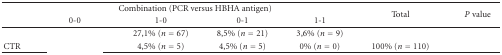
<table><thead><tr><td>[EMPTY_CELL]</td><td colspan="4"><b>Combination (PCR versus HBHA antigen)</b></td><td rowspan="2"><b>Total</b></td><td rowspan="2"><b><i>P</i> value</b></td></tr><tr><td>[EMPTY_CELL]</td><td><b>0-0</b></td><td><b>1-0</b></td><td><b>0-1</b></td><td><b>1-1</b></td></tr></thead><tbody><tr><td>[EMPTY_CELL]</td><td>[EMPTY_CELL]</td><td>27,1% (<i>n</i> = 67)</td><td>8,5% (<i>n</i> = 21)</td><td>3,6% (<i>n</i> = 9)</td><td>[EMPTY_CELL]</td><td rowspan="2">[EMPTY_CELL]</td></tr><tr><td>CTR</td><td>[EMPTY_CELL]</td><td>4,5% (<i>n</i> = 5)</td><td>4,5% (<i>n</i> = 5)</td><td>0% (<i>n</i> = 0)</td><td>100% (<i>n</i> = 110)</td></tr></tbody></table>